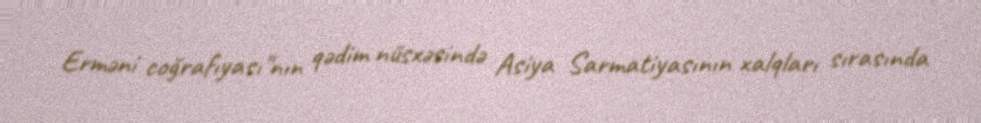
Erməni coğrafıyası"nın qədim nüsxəsində Asiya Sarmatiyasının xalqları sırasında